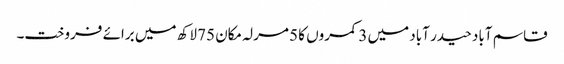
قاسم آباد حیدر آباد میں 3 کمروں کا 5 مرلہ مکان 75 لاکھ میں برائے فروخت۔